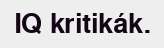
IQ kritikák.